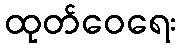
ထုတ်ဝေရေး